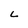
Character: L